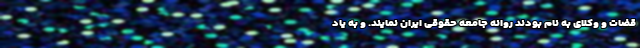
قضات و وکلای به نام بودند روانه جامعه حقوقی ایران نمایند. و به یاد